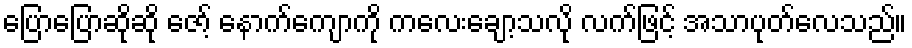
ပြောပြောဆိုဆို ဇော့် နောက်ကျောကို ကလေးချော့သလို လက်ဖြင့် အသာပုတ်လေသည်။